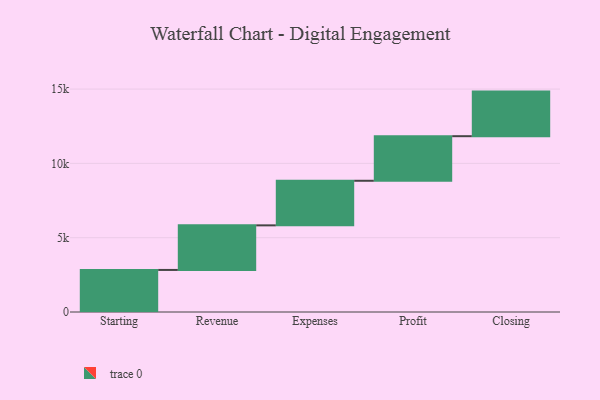
{"axis": {"x": "Step", "y": "Value"}, "legend": [""], "data": [{"x": "Starting", "y": 2830.0, "type": ""}, {"x": "Revenue", "y": 3000, "type": ""}, {"x": "Expenses", "y": 3000, "type": ""}, {"x": "Profit", "y": 3000, "type": ""}, {"x": "Closing", "y": 3000, "type": ""}]}